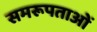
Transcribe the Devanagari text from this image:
समरूपताओं